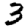
Digit: 3